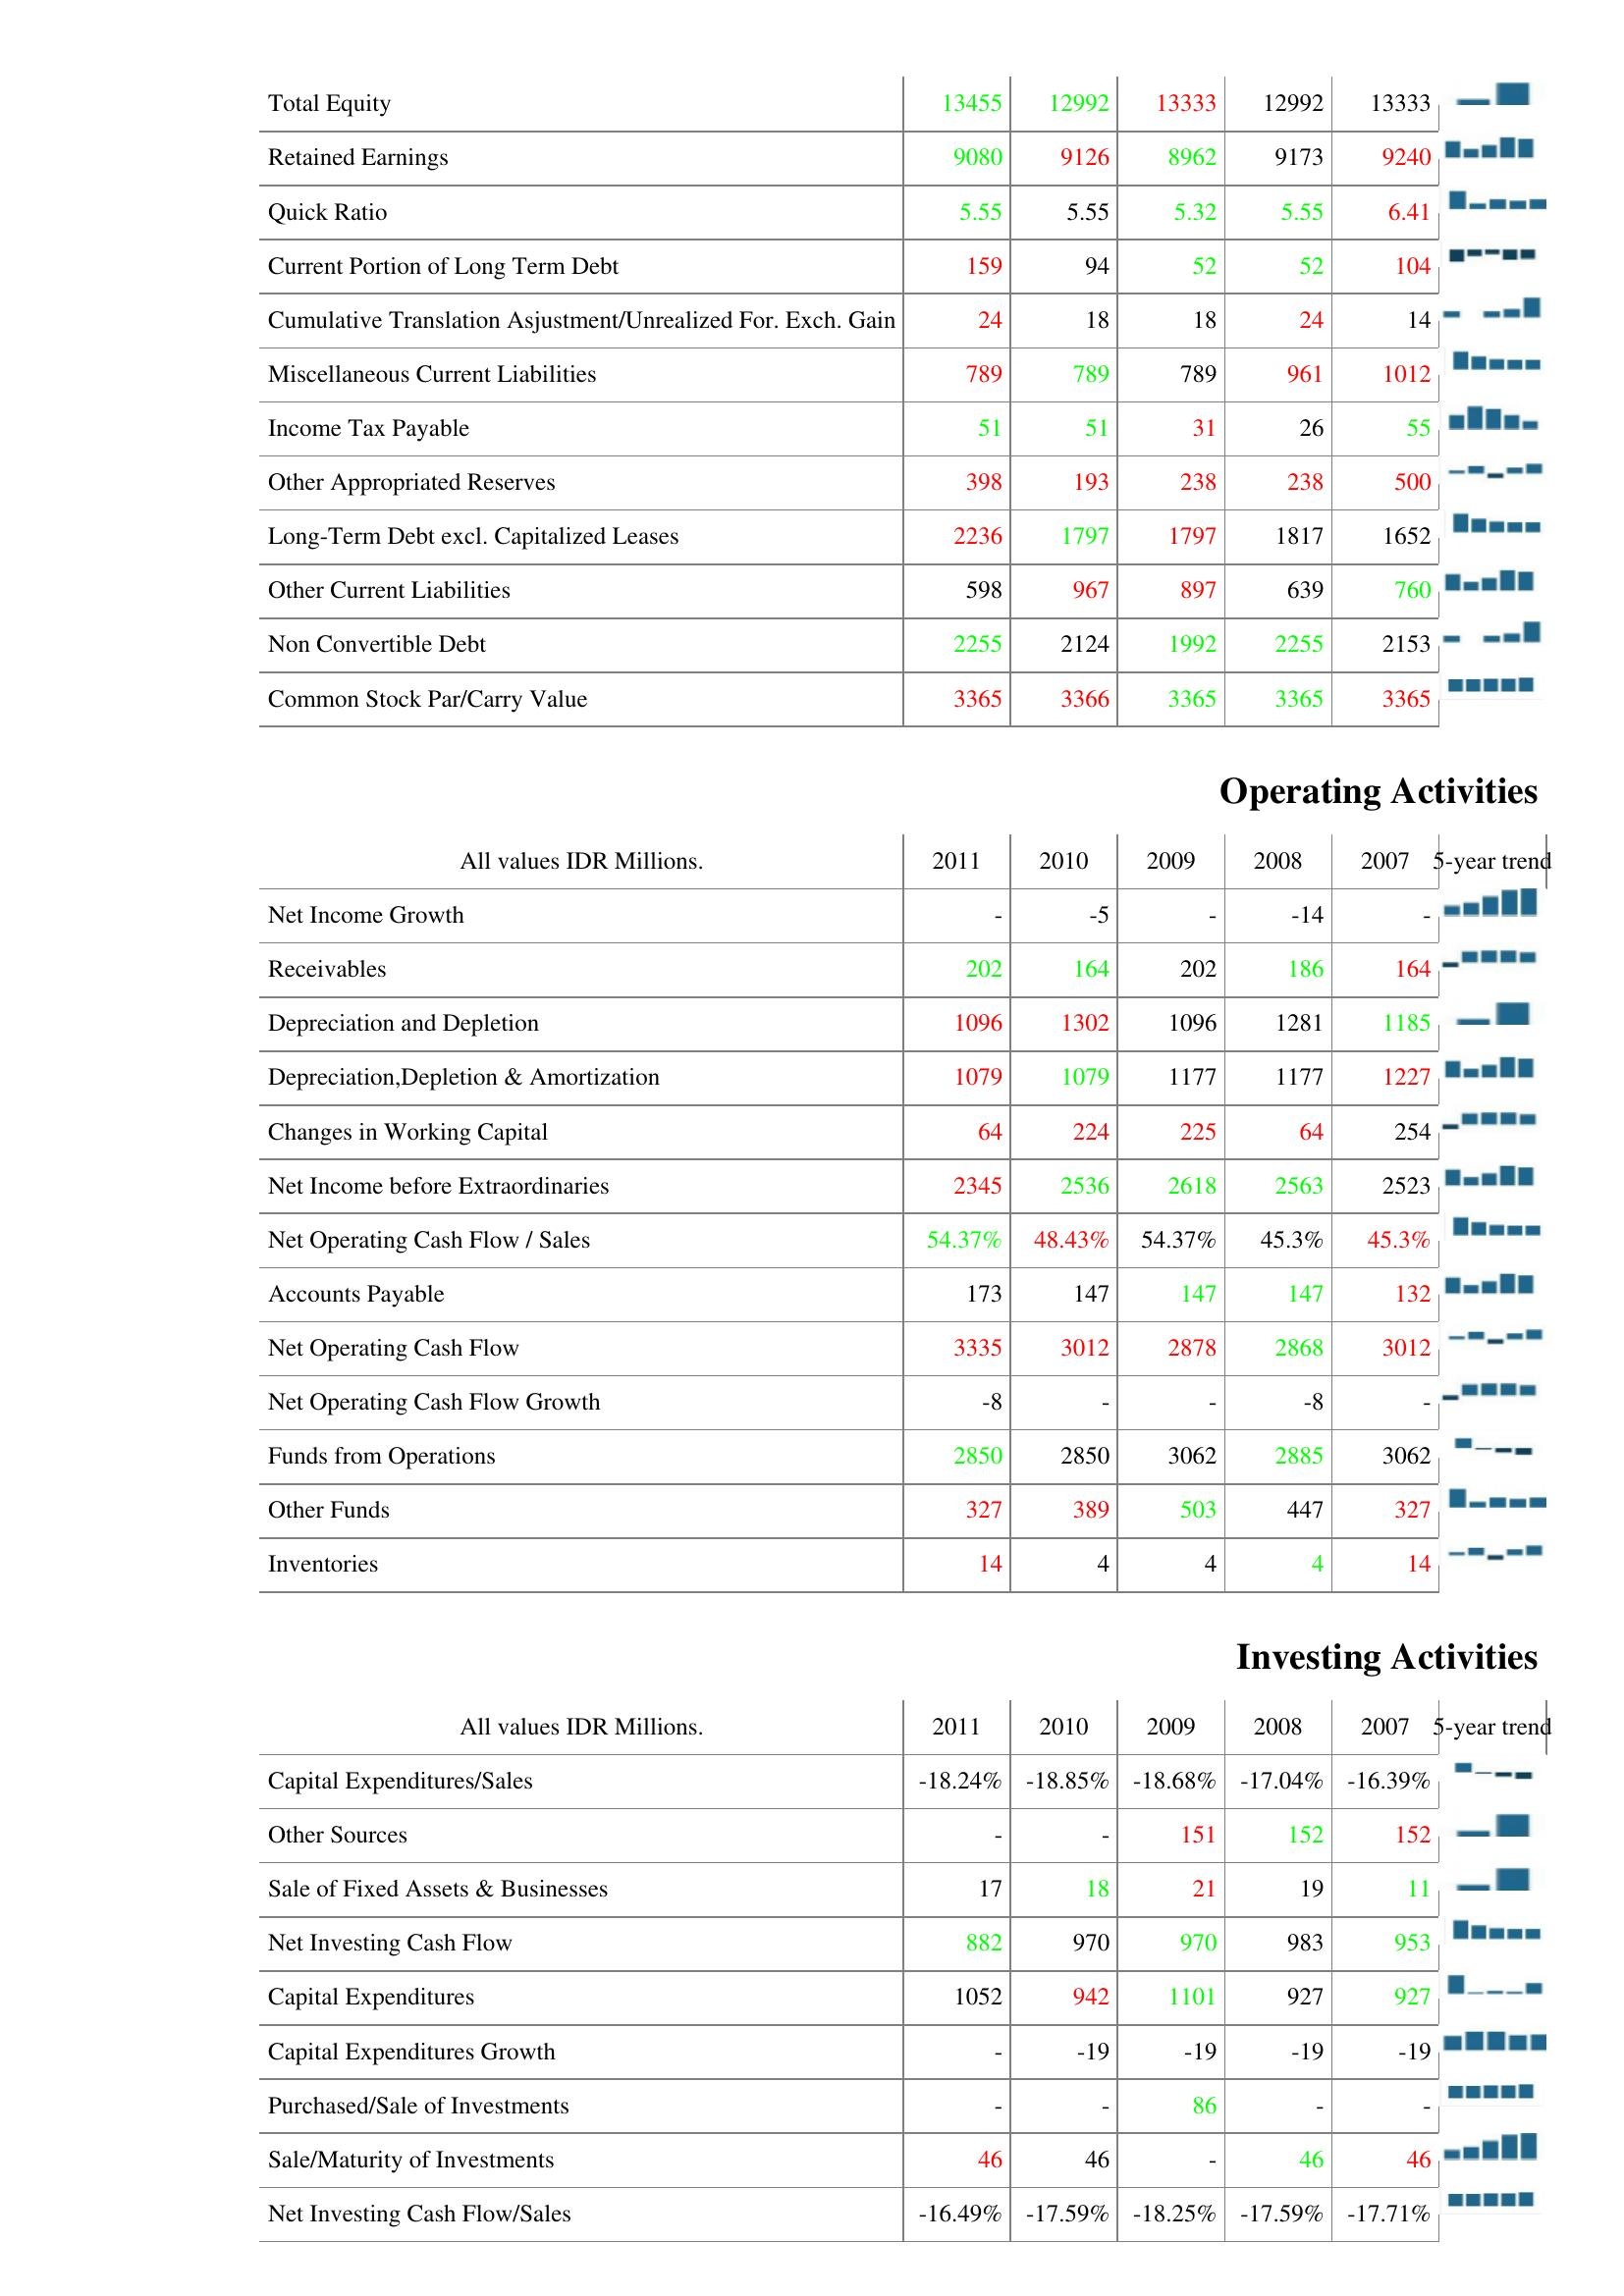
2011: Liabilities & Shareholder's Equity: Total Equity: 13455
Retained Earnings: 9080
Quick Ratio: 5.55
Current Portion of Long Term Debt: 159
Cumulative Translation Asjustment/Unrealized For. Exch. Gain: 24
Miscellaneous Current Liabilities: 789
Income Tax Payable: 51
Other Appropriated Reserves: 398
Long-Term Debt excl. Capitalized Leases: 2236
Other Current Liabilities: 598
Non Convertible Debt: 2255
Common Stock Par/Carry Value: 3365
Operating Activities: Net Income Growth: -
Receivables: 202
Depreciation and Depletion: 1096
Depreciation,Depletion & Amortization: 1079
Changes in Working Capital: 64
Net Income before Extraordinaries: 2345
Net Operating Cash Flow / Sales: 54.37%
Accounts Payable: 173
Net Operating Cash Flow: 3335
Net Operating Cash Flow Growth: -8
Funds from Operations: 2850
Other Funds: 327
Inventories: 14
Investing Activities: Capital Expenditures/Sales: -18.24%
Other Sources: -
Sale of Fixed Assets & Businesses: 17
Net Investing Cash Flow: 882
Capital Expenditures: 1052
Capital Expenditures Growth: -
Purchased/Sale of Investments: -
Sale/Maturity of Investments: 46
Net Investing Cash Flow/Sales: -16.49%
2010: Liabilities & Shareholder's Equity: Total Equity: 12992
Retained Earnings: 9126
Quick Ratio: 5.55
Current Portion of Long Term Debt: 94
Cumulative Translation Asjustment/Unrealized For. Exch. Gain: 18
Miscellaneous Current Liabilities: 789
Income Tax Payable: 51
Other Appropriated Reserves: 193
Long-Term Debt excl. Capitalized Leases: 1797
Other Current Liabilities: 967
Non Convertible Debt: 2124
Common Stock Par/Carry Value: 3366
Operating Activities: Net Income Growth: -5
Receivables: 164
Depreciation and Depletion: 1302
Depreciation,Depletion & Amortization: 1079
Changes in Working Capital: 224
Net Income before Extraordinaries: 2536
Net Operating Cash Flow / Sales: 48.43%
Accounts Payable: 147
Net Operating Cash Flow: 3012
Net Operating Cash Flow Growth: -
Funds from Operations: 2850
Other Funds: 389
Inventories: 4
Investing Activities: Capital Expenditures/Sales: -18.85%
Other Sources: -
Sale of Fixed Assets & Businesses: 18
Net Investing Cash Flow: 970
Capital Expenditures: 942
Capital Expenditures Growth: -19
Purchased/Sale of Investments: -
Sale/Maturity of Investments: 46
Net Investing Cash Flow/Sales: -17.59%
2009: Liabilities & Shareholder's Equity: Total Equity: 13333
Retained Earnings: 8962
Quick Ratio: 5.32
Current Portion of Long Term Debt: 52
Cumulative Translation Asjustment/Unrealized For. Exch. Gain: 18
Miscellaneous Current Liabilities: 789
Income Tax Payable: 31
Other Appropriated Reserves: 238
Long-Term Debt excl. Capitalized Leases: 1797
Other Current Liabilities: 897
Non Convertible Debt: 1992
Common Stock Par/Carry Value: 3365
Operating Activities: Net Income Growth: -
Receivables: 202
Depreciation and Depletion: 1096
Depreciation,Depletion & Amortization: 1177
Changes in Working Capital: 225
Net Income before Extraordinaries: 2618
Net Operating Cash Flow / Sales: 54.37%
Accounts Payable: 147
Net Operating Cash Flow: 2878
Net Operating Cash Flow Growth: -
Funds from Operations: 3062
Other Funds: 503
Inventories: 4
Investing Activities: Capital Expenditures/Sales: -18.68%
Other Sources: 151
Sale of Fixed Assets & Businesses: 21
Net Investing Cash Flow: 970
Capital Expenditures: 1101
Capital Expenditures Growth: -19
Purchased/Sale of Investments: 86
Sale/Maturity of Investments: -
Net Investing Cash Flow/Sales: -18.25%
2008: Liabilities & Shareholder's Equity: Total Equity: 12992
Retained Earnings: 9173
Quick Ratio: 5.55
Current Portion of Long Term Debt: 52
Cumulative Translation Asjustment/Unrealized For. Exch. Gain: 24
Miscellaneous Current Liabilities: 961
Income Tax Payable: 26
Other Appropriated Reserves: 238
Long-Term Debt excl. Capitalized Leases: 1817
Other Current Liabilities: 639
Non Convertible Debt: 2255
Common Stock Par/Carry Value: 3365
Operating Activities: Net Income Growth: -14
Receivables: 186
Depreciation and Depletion: 1281
Depreciation,Depletion & Amortization: 1177
Changes in Working Capital: 64
Net Income before Extraordinaries: 2563
Net Operating Cash Flow / Sales: 45.3%
Accounts Payable: 147
Net Operating Cash Flow: 2868
Net Operating Cash Flow Growth: -8
Funds from Operations: 2885
Other Funds: 447
Inventories: 4
Investing Activities: Capital Expenditures/Sales: -17.04%
Other Sources: 152
Sale of Fixed Assets & Businesses: 19
Net Investing Cash Flow: 983
Capital Expenditures: 927
Capital Expenditures Growth: -19
Purchased/Sale of Investments: -
Sale/Maturity of Investments: 46
Net Investing Cash Flow/Sales: -17.59%
2007: Liabilities & Shareholder's Equity: Total Equity: 13333
Retained Earnings: 9240
Quick Ratio: 6.41
Current Portion of Long Term Debt: 104
Cumulative Translation Asjustment/Unrealized For. Exch. Gain: 14
Miscellaneous Current Liabilities: 1012
Income Tax Payable: 55
Other Appropriated Reserves: 500
Long-Term Debt excl. Capitalized Leases: 1652
Other Current Liabilities: 760
Non Convertible Debt: 2153
Common Stock Par/Carry Value: 3365
Operating Activities: Net Income Growth: -
Receivables: 164
Depreciation and Depletion: 1185
Depreciation,Depletion & Amortization: 1227
Changes in Working Capital: 254
Net Income before Extraordinaries: 2523
Net Operating Cash Flow / Sales: 45.3%
Accounts Payable: 132
Net Operating Cash Flow: 3012
Net Operating Cash Flow Growth: -
Funds from Operations: 3062
Other Funds: 327
Inventories: 14
Investing Activities: Capital Expenditures/Sales: -16.39%
Other Sources: 152
Sale of Fixed Assets & Businesses: 11
Net Investing Cash Flow: 953
Capital Expenditures: 927
Capital Expenditures Growth: -19
Purchased/Sale of Investments: -
Sale/Maturity of Investments: 46
Net Investing Cash Flow/Sales: -17.71%